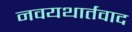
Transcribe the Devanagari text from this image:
नवयथार्तवाद